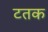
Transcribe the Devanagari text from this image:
टतक